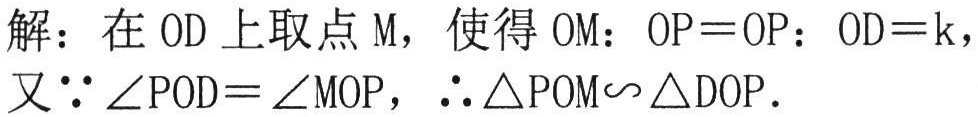
解：在 \(OD\) 上取点 \(M\)，使得 \(OM:OP = OP:OD=k\)，

又\(\because \angle POD=\angle MOP\)，\(\therefore \triangle POM\sim\triangle DOP\)．